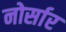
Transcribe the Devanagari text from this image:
नोर्सार